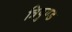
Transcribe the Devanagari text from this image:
त्रिपुण्ड